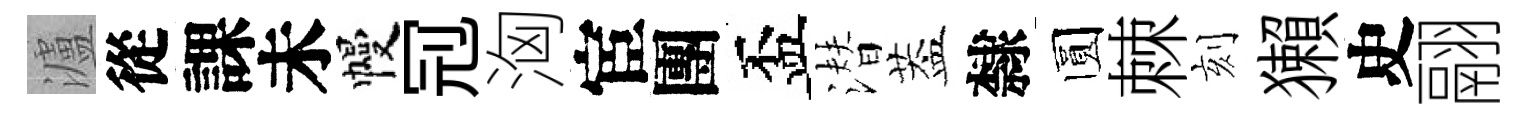
瀘從課未幔𠜍洶宦團盃潜葢隸圆棘刻獺史翮